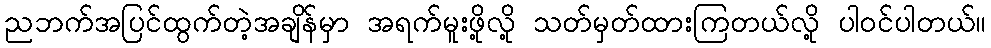
ညဘက်အပြင်ထွက်တဲ့အချိန်မှာ အရက်မူးဖို့လို့ သတ်မှတ်ထားကြတယ်လို့ ပါဝင်ပါတယ်။